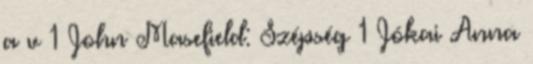
a v 1 John Masefield: Szépség 1 Jókai Anna